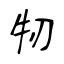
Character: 牣